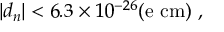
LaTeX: | d _ { n } | < 6 . 3 \times 1 0 ^ { - 2 6 } \mathrm { ( e ~ c m ) } \ ,